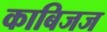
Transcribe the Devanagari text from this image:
काबिजज